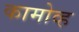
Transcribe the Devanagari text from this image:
कामोव्ह